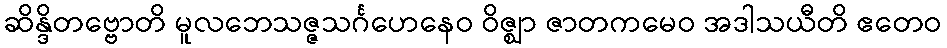
ဆိန္ဒိတဗ္ဗောတိ မူလဘေသဇ္ဇသင်္ဂဟေနေဝ ဝိဇ္ဈာ ဇာတကမေဝ အဒါသယီတိ ဧတေဝ